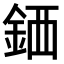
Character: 𫒖